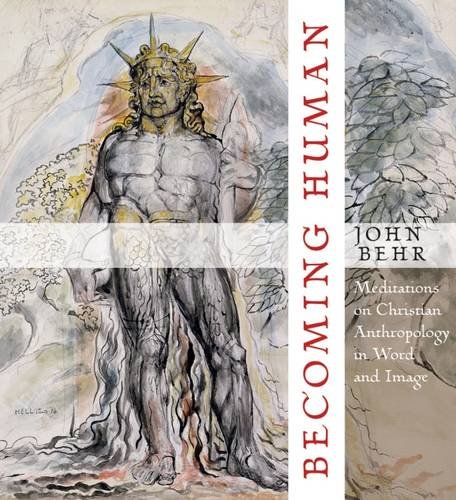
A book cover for Becoming Human: Meditations on Christian Anthropology in Word and Image; John Behr; Christian Books & Bibles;